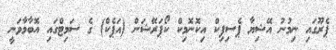
ޕެރޫގައި ނިމުނު އޭޝިޔާ ޕެސިފިކް އިކޮނޮމިކް ކޯޕަރޭޝަން (އަޕެކް) ގެ ސަމިޓްގައި އޮބާމާވަނީ